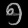
Digit: ၅